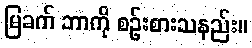
မြခက် ဘာကို စဉ်းစားသနည်း။